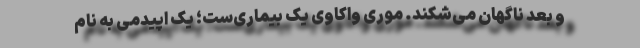
و بعد ناگهان می‌شکند. موری واکاوی یک بیماری‌ست؛ یک اپیدمی به نام